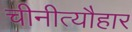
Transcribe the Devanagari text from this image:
चीनीत्यौहार